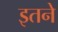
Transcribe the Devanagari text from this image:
इतने